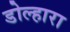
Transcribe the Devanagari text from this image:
डोल्हारा